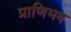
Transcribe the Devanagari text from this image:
प्राणिभव